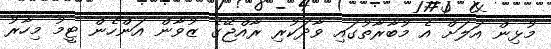
މުޅިން އަލަށް އެ މުބާރާތުގައި ވާދަކުރި ރާއްޖޭގެ ޒުވާން އަންހެން ޓީމު މިހާރު